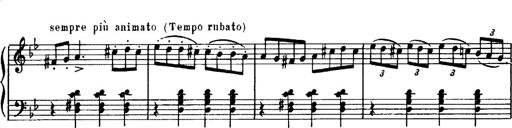
Title: Magyar dalok
Composer: Franz Liszt